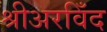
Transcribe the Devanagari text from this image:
श्रीअरविँद